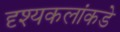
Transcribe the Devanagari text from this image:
दृश्यकलांकडे